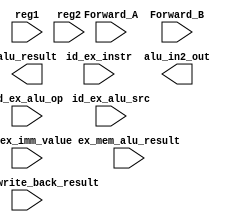
`timescale 1ns / 1ps

module EX_pipe_stage(
    input [31:0] id_ex_instr,
    input [31:0] reg1, reg2,
    input [31:0] id_ex_imm_value,
    input [31:0] ex_mem_alu_result,
    input [31:0] mem_wb_write_back_result,
    input id_ex_alu_src,
    input [1:0] id_ex_alu_op,
    input [1:0] Forward_A, Forward_B,
    output [31:0] alu_in2_out,
    output [31:0] alu_result
    );
    
    // Write your code here
        
       
endmodule